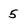
Character: 5